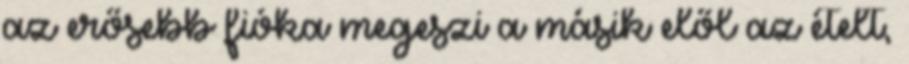
az erősebb fióka megeszi a másik elől az ételt,